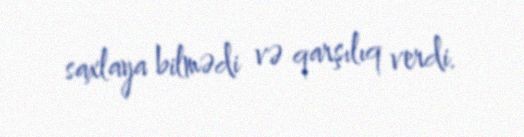
saxlaya bilmədi və qarşılıq verdi.